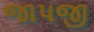
જાપજી